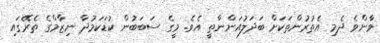
ވާންވެ ދެމި އެތުރުންތަކަށް ބަދަލުއަންނާތީ އެވެ. މީގެ ސަބަބުން ކުޑަކަމުދާ ނިޒާމްގެ ތެރޭގައި